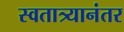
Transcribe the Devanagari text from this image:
स्वतात्र्यानंतर